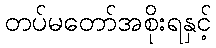
တပ်မတော်အစိုးရနှင့်